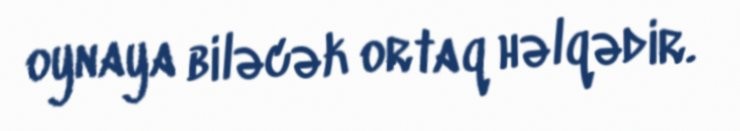
oynaya biləcək ortaq həlqədir.